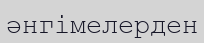
әнгімелерден